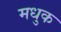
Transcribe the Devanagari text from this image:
मधुक